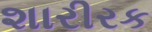
શારીરક